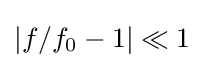
\left|f/f_{0}-1\right|\ll 1